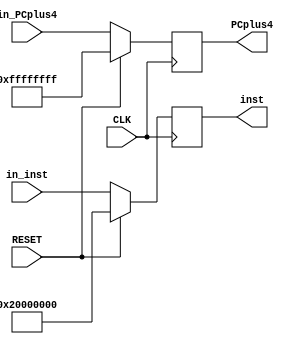
`timescale 100fs/100fs

module IF_ID(CLK,RESET,in_PCplus4,PCplus4,in_inst,inst);

// input & output
input CLK,RESET;
input [31:0] in_inst;
output reg [31:0] inst;
input [31:0] in_PCplus4;
output reg [31:0] PCplus4;

initial begin
    inst             <=          32'b0    ;                                         
    PCplus4          <=          0        ;   
end


always @(posedge CLK) begin
    if (RESET) begin
        inst             <=    32'b001000_00000_00000_0000000000000000;
        PCplus4          <=          -1       ; 
    end
    else begin
        inst             <=          in_inst          ;                                         
        PCplus4          <=          in_PCplus4       ;                      
    end
end

endmodule